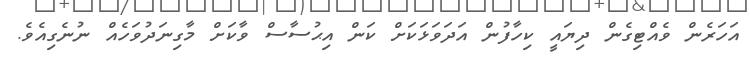
އަހަރެން ވެއްޓިގެން ދިޔައީ ކިހާފުން އަދަވަޅަކަށް ކަން އިޙުސާސް ވާކަށް މާގިނަދުވަހެއް ނުނެގިއެވެ.